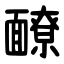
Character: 䩍